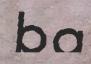
ba